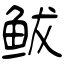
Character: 鲅